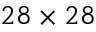
2 8 \times 2 8